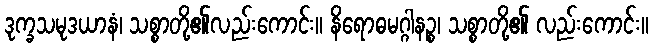
ဒုက္ခသမုဒယာနံ၊ သစ္စာတို့၏လည်းကောင်း။ နိရောဓမဂ္ဂါနဉ္စ၊ သစ္စာတို့၏ လည်းကောင်း။